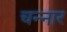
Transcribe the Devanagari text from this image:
चन्नार